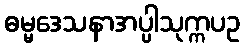
ဓမ္မဒေသနာအပ္ပါသုက္ကပဥ